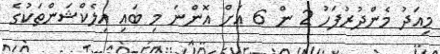
މިއަދު މެންދުރުފަހު 2 ން 6 އަށް އޮންނަ މި ބައި އިލެކްޝަންތަކުގެ